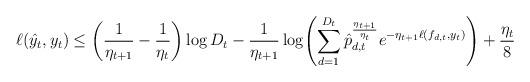
LaTeX: \begin{align*}\ell(\hat y_t,y_t) & \leq \left(\frac{1}{\eta_{t+1}}-\frac{1}{\eta_{t}}\right) \log {D_{t}} -\frac{1}{\eta_{t+1}} \log \! \left( \sum_{d=1}^{D_t} \hat p_{d,t}^{\frac{\eta_{t+1}}{\eta_t}} e^{-\eta_{t+1} \ell(f_{d,t},y_t)} \right) + \frac{\eta_t}{8} \end{align*}